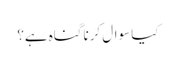
کیا سوال کرنا گناہ ہے؟